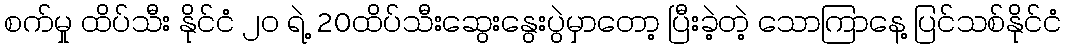
စက်မှု ထိပ်သီး နိုင်ငံ ၂၀ ရဲ့ 20ထိပ်သီးဆွေးနွေးပွဲမှာတော့ ပြီးခဲ့တဲ့ သောကြာနေ့ ပြင်သစ်နိုင်ငံ